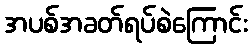
အပစ်အခတ်ရပ်စဲကြောင်း